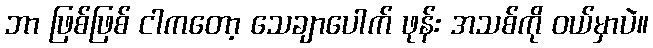
ဘာ ဖြစ်ဖြစ် ငါကတော့ သေချာပေါက် ဖုန်း အသစ်ကို ဝယ်မှာပဲ။